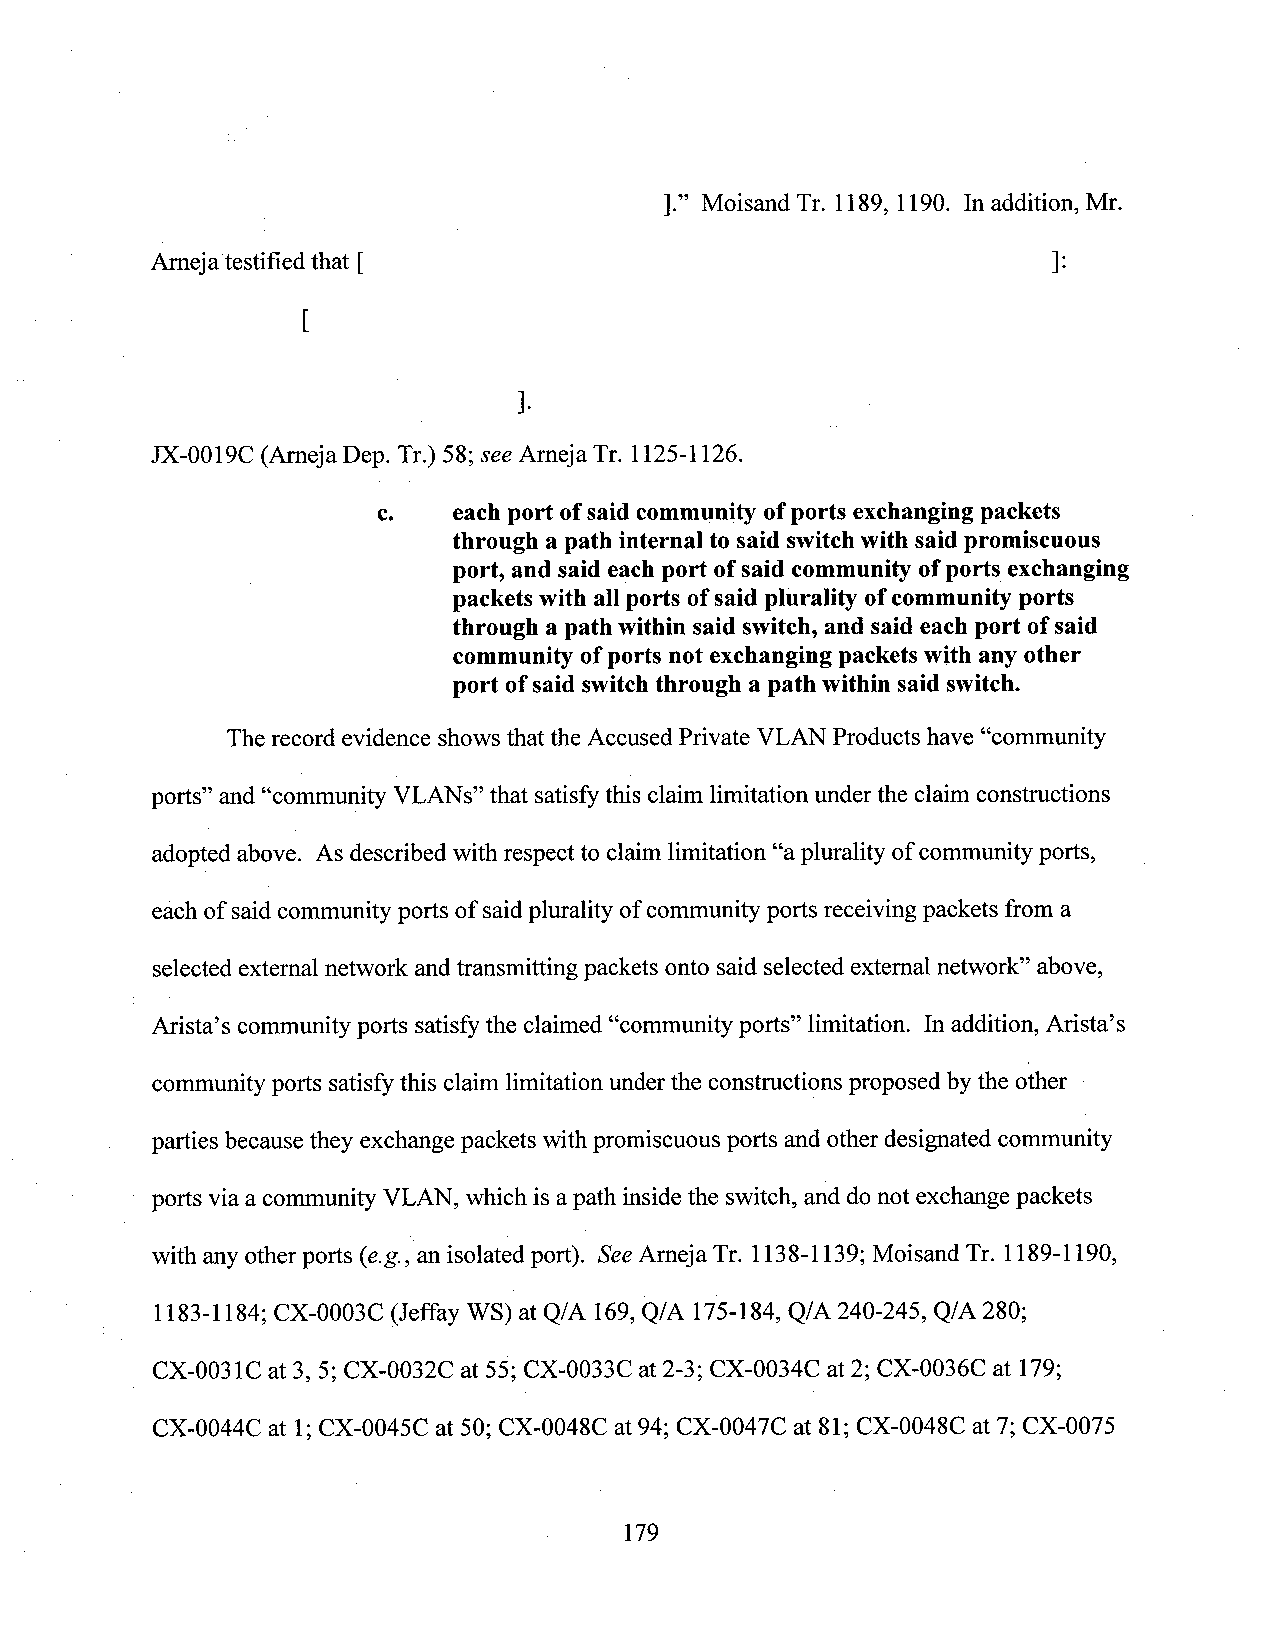
].” Moisand Tr. 1189, 1190. In addition, Mr.
 Ameja testified that [                                      ]: ~
 [
 .     1‘
 JX-0019C (Arneja Dep. Tr.) 58; see Arneja Tr. 1125-1126.
 c.   each port ofsaid community ofports exchanging packets
 through a path internal to said switchwith said promiscuous
 port, and said eachport ofsaid community ofports exchanging
 packets with allports ofsaid plurality ofcommunityports
 through a path within said switch,and saideach port ofsaid
 community ofports not exchangingpacketswith any other
 port ofsaid switchthrough a path within said switch.
 Therecord evidence shows that the Accused Private VLAN Products have “community
 ports” and “community VLANs5’that satisfythis claim limitation under the claim constructions
 adopted above. As described with respect to claim limitation “aplurality of community ports,
 eachof saidcommunity ports of saidpluralityof communityports receivingpackets from a
 selectedexternal network andtransmitting packets onto said selected external network” above,
 Arista’s community ports satisfythe claimed “community ports” limitation. In addition, Arista’s
 community ports satisfy this claim limitation under the constructions proposed bythe other ­
 parties becausethey exchange packets with promiscuous ports and other designated community
 ports via a community VLAN, which is apath insidethe switch, and donot exchangepackets
 with any other ports (e.g.,an isolated port). SeeArneja Tr. 1138-1139; Moisand Tr. 1189-1190,
 1183-1184; CX-0003C (Jeffay WS) at Q/A 169,Q/A 175-184, Q/A 240-245, Q/A 280;
 CX-0031C at 3, 5; CX-0032C at 55; CX-0033C at 2-3; CX-0034C at2; CX-0036C at 179;
 CX-0044C at 1;CX-0045C at 50; CX-0048C at 94; CX-0047C at 81; CX-0048C at 7;CX-0075
 179